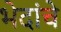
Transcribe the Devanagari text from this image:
भेदांचे